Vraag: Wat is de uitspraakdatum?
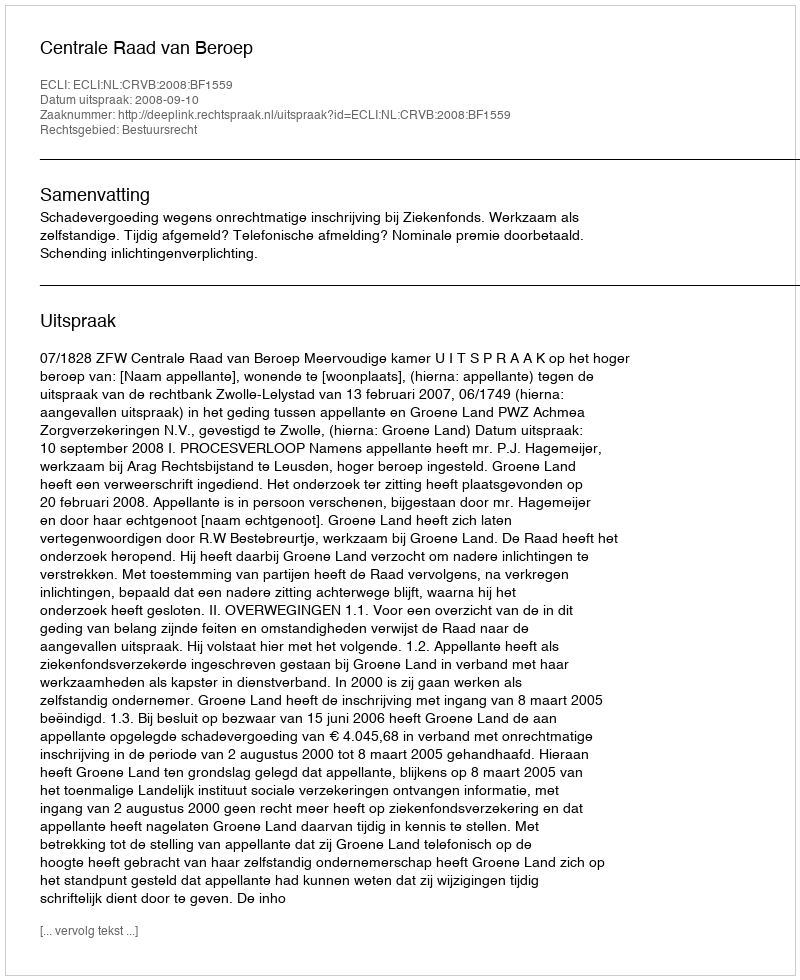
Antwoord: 2008-09-10